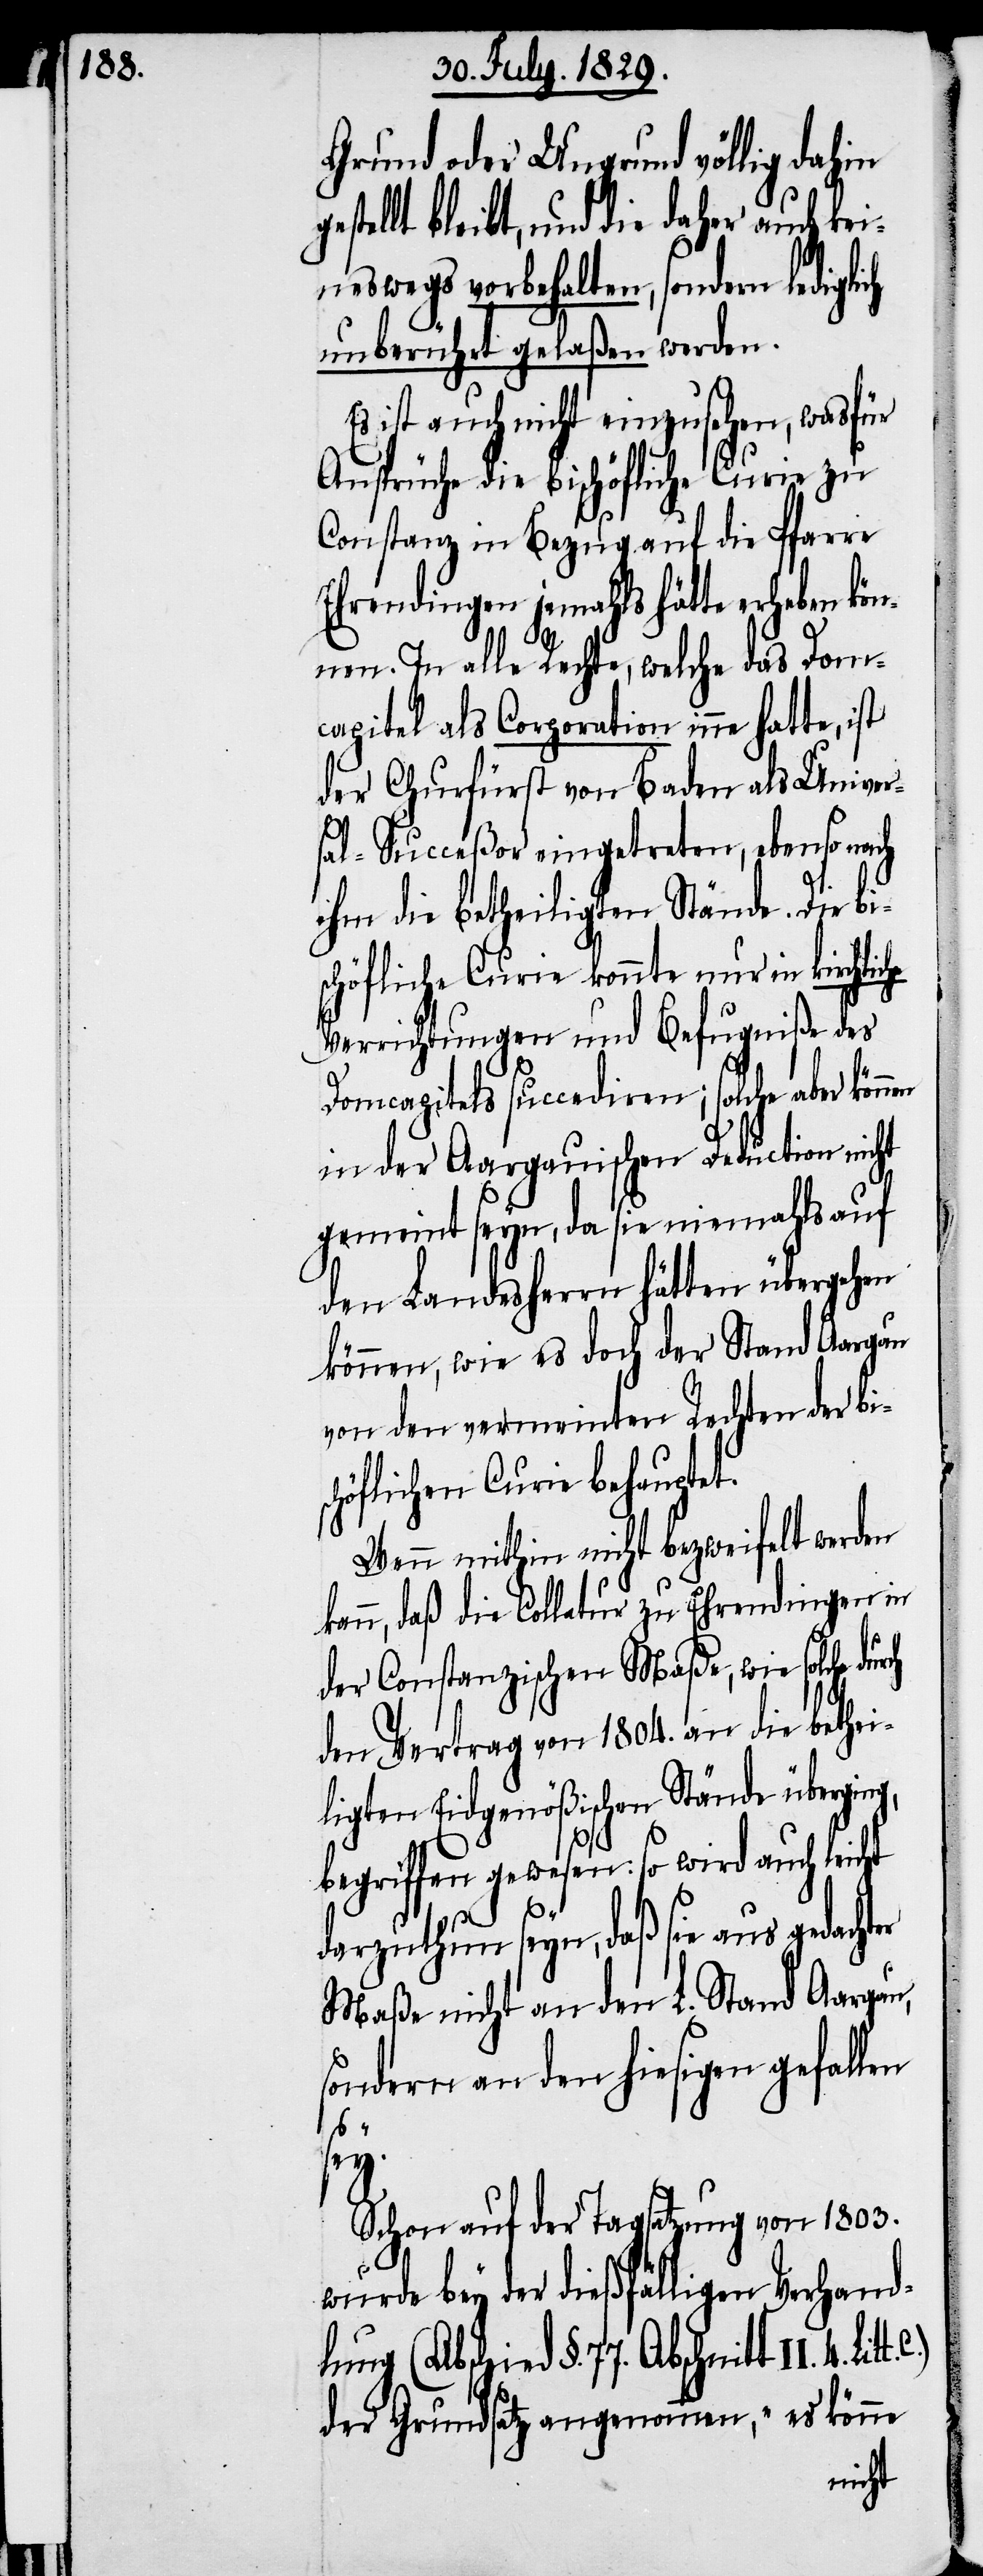
Grund oder Ungrund völlig dahin
estellt bleibt, und die daher auch kei¬
neswegs vorbehalten, sondern lediglich
unberührt gelaßen werden.
ist auch nicht einzusehen, wasfür
Ansprüche die bischöfliche Curie zu
Constanz in Bezug auf die Pfarre
Ehrendingen jemahls hätte erheben kö¬
nnen. In alle Rechte, welche das Dom¬
capitel als Coporation inne hatte, ist
der Churfürst von Baden als Univer¬
sal-Succeßor eingetreten, ebenso nach
ihm die betheiligten Stände. Die bi¬
schöfliche Curie konnte nur in kirchliche
Verrichtungen und Befugniße des
Domcapitels succediren; solche aber
in der Aargauischen Deduction nicht
gemeint seyn, da sie niemahls auf
den Landesherrn hätten übergehen
können, wie es doch der Stand Aargau
von den vermeinten Rechten der bis¬
chöflichen Curie behauptet.
Wenn mithin nicht bezweifelt werden
kann, daß die Collatur zu Ehrendingen in
der Constanzischen Maße, wie solche dur¬
den Vertrag von 1804. an die bethei¬
ligten Eidgenößischen Stände überging,
C.)
begriffen gewesen: so wird auch leicht
4.
darzuthun seyn, daß sie aus gedachter
Maße nicht an den L. Stand Aargau,
sondern an den hiesigen gefallen
sey.
Schon auf der Tagsatzung von 1803.
wurde bey der dießfälligen Verhand¬
lung (Abschied §. 77. Abschnitt II.
der Grundsatz angenommen, „es könne